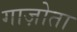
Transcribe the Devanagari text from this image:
गाज़ोता